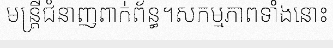
មន្ត្រីជំនាញពាក់ព័ន្ធ។សកម្មភាពទាំងនោះ